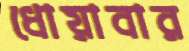
ধোয়াবার